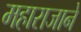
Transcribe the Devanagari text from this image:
महाराजाने